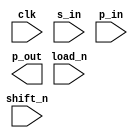
////////////////////////////////////////////////////////////////////////////////
//
//       This confidential and proprietary software may be used only
//     as authorized by a licensing agreement from Synopsys Inc.
//     In the event of publication, the following notice is applicable:
//
//                    (C) COPYRIGHT 1992 - 2018 SYNOPSYS INC.
//                           ALL RIGHTS RESERVED
//
//       The entire notice above must be reproduced on all authorized
//     copies.
//
//
// VERSION:   Simulation Architecture
//
// DesignWare_version: d5a9faaf
// DesignWare_release: O-2018.06-DWBB_201806.3
//
////////////////////////////////////////////////////////////////////////////////
//-----------------------------------------------------------------------------------
//
// ABSTRACT:  Shift Register
//           length wordlength
//           shift enable active low
//           parallel load enable active low
//
//            Add X-handling
//            Reto Zimmermann  Nov 02, 1999
//            Rewrite (separating sequential and combinatorial code)
//
//-------------------------------------------------------------------------------
//
module DW03_shftreg
  (clk, s_in, p_in, shift_n, load_n, p_out);

  parameter integer length = 4;

  input  clk;
  input  s_in;
  input  [length-1:0] p_in;
  input  shift_n;
  input  load_n;
  output [length-1:0] p_out;  

  reg  [length-1:0] q, next_q;

  // synopsys translate_off

  
  
  initial begin : parameter_check

    
    if ( length < 1  ) begin
      $display(
	"ERROR: %m :\n  Invalid value (%d) for parameter length (lower bound: 1 )",
        length );
      $finish;
    end

  end // parameter_check


  always @ (p_in or s_in or load_n or shift_n or q)
  begin : mk_next_q

    if (load_n === 1'b0)
      next_q = p_in;

    else if (load_n === 1'b1) 
      if (shift_n === 1'b0) begin
	next_q = q << 1;
	next_q[0] = s_in;
      end

      else if (shift_n === 1'b1)
	next_q = q;

      else
	next_q = {length{1'bx}};

    else
      next_q = {length{1'bx}};
    
  end // mk_next_q


  always @ (posedge clk)
  begin : clk_register

    q <= next_q;

  end // clk_register


  assign p_out = q;

  
  
  always @ (clk) begin : clk_monitor 
    if ( (clk !== 1'b0) && (clk !== 1'b1) && ($time > 0) )
      $display( "WARNING: %m :\n  at time = %t, detected unknown value, %b, on clk input.",
                $time, clk );
    end // clk_monitor 

    
  // synopsys translate_on

endmodule